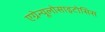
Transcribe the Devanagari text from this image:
एग्रेन्यूलोसाइटोसिस